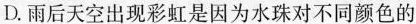
D.雨后天空出现彩虹是因为水珠对不同颜色的